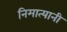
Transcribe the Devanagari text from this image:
निमात्यानी